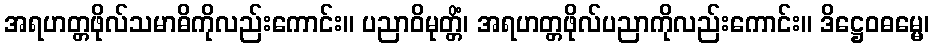
အရဟတ္တဖိုလ်သမာဓိကိုလည်းကောင်း။ ပညာဝိမုတ္တိံ၊ အရဟတ္တဖိုလ်ပညာကိုလည်းကောင်း။ ဒိဋ္ဌေဝဓမ္မေ၊